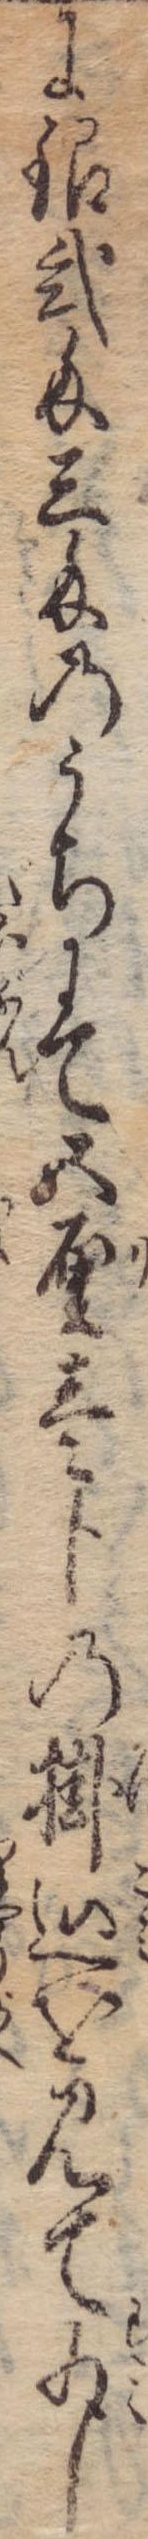
に銀弐匁三匁のうちにて五厘壱分の掛込を見て少し